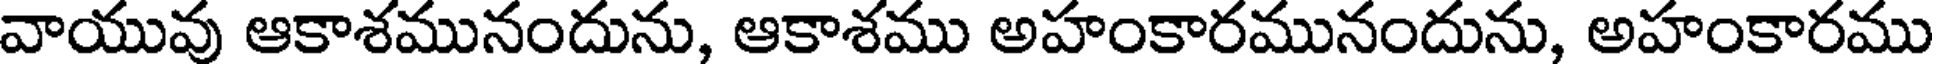
వాయువు ఆకాశమునందును, ఆకాశము అహంకారమునందును, అహంకారము